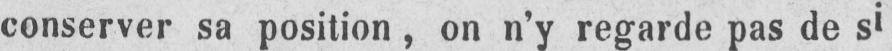
conserver sa position, on n’y regarde pas de si